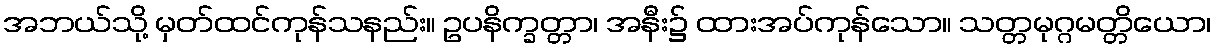
အဘယ်သို့ မှတ်ထင်ကုန်သနည်း။ ဥပနိက္ခတ္တာ၊ အနီး၌ ထားအပ်ကုန်သော။ သတ္တမုဂ္ဂမတ္တိယော၊